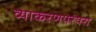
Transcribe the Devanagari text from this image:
व्याकरणपरंपरा